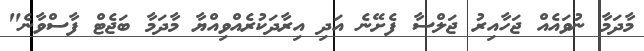
މާދަމާ ނުވައެއް ޖަހާއިރު ޖަލްސާ ފެށޭނެ އަދި އިރާދަކުރެއްވިއްޔާ މާދަމާ ބަޖެޓް ފާސްވާނެ"